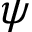
\psi